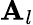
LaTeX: \mathbf{A}_{l}